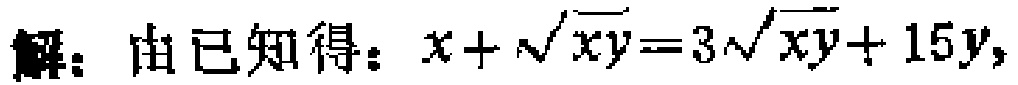
解：由已知得：\(x + \sqrt{xy} = 3\sqrt{xy} + 15y\)